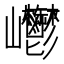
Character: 𡿥